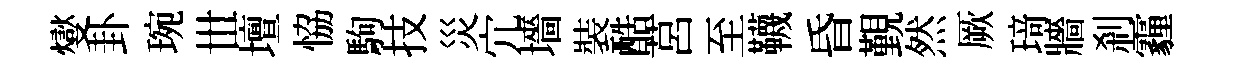
燮卦琬𠀍壇恊駒技災宂墻裝酷莒至韈昏覲然厥𤦺牆刹霾